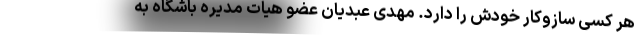
هر کسی سازوکار خودش را دارد. مهدی عبدیان عضو هیات مدیره باشگاه به